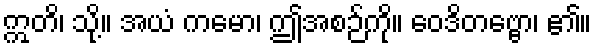
ဣတိ၊ သို့။ အယံ ကမော၊ ဤအစဉ်ကို။ ဝေဒိတဗ္ဗော၊ ၏။